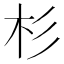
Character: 杉